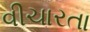
વીચારતા